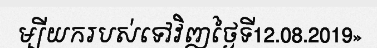
ម្បីយករបស់ទៅវិញថ្ងៃទី12.08.2019»